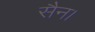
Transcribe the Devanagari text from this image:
सैन।